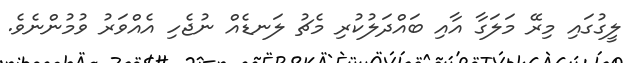
ލީގުގައި މިރޭ މަލަގާ އާއި ބައްދަލުކުރި މެޗު ލަނޑެއް ނުޖެހި އެއްވަރު ވުމުންނެވެ.